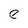
Character: e